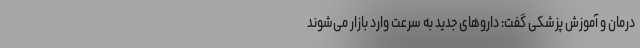
درمان و آموزش پزشکی گفت: داروهای جدید به سرعت وارد بازار می‌شوند